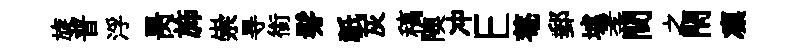
旋普浮昺斾崇㝵銜髣祇灰稿隩冲E菴郵墟孝間之閇凛